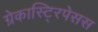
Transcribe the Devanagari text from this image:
ग्रेकास्टि्रपेसस